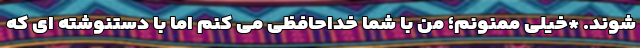
شوند. *خیلی ممنونم؛ من با شما خداحافظی می کنم اما با دستنوشته ای که